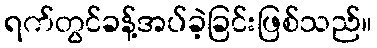
ရက်တွင်ခန့်အပ်ခဲ့ခြင်းဖြစ်သည်။